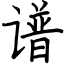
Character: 谱